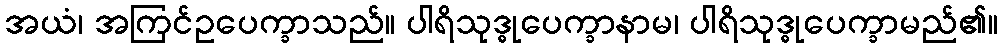
အယံ၊ အကြင်ဥပေက္ခာသည်။ ပါရိသုဒ္ဓုပေက္ခာနာမ၊ ပါရိသုဒ္ဓုပေက္ခာမည်၏။